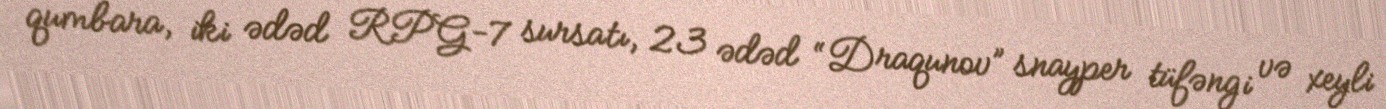
qumbara, iki ədəd RPG-7 sursatı, 23 ədəd “Draqunov” snayper tüfəngi və xeyli